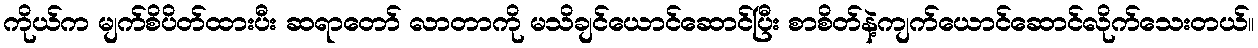
ကိုယ်က မျက်စိပိတ်ထားပီး ဆရာတော် လာတာကို မသိချင်ယောင်ဆောင်ပြီး စာစိတ်နဲ့ကျက်ယောင်ဆောင်လိုက်သေးတယ်။